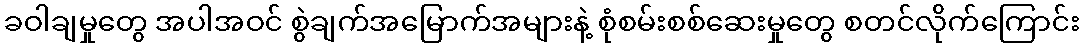
ခဝါချမှုတွေ အပါအဝင် စွဲချက်အမြောက်အများနဲ့ စုံစမ်းစစ်ဆေးမှုတွေ စတင်လိုက်ကြောင်း